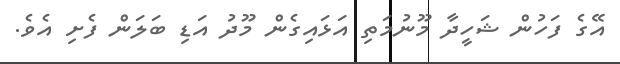
އޭގެ ފަހުން ޝަހީދާ މޫނުމަތި އަޅައިގެން މޫދު އަޑި ބަލަން ފެށި އެވެ.